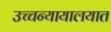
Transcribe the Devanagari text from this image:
उच्चन्यायालयात